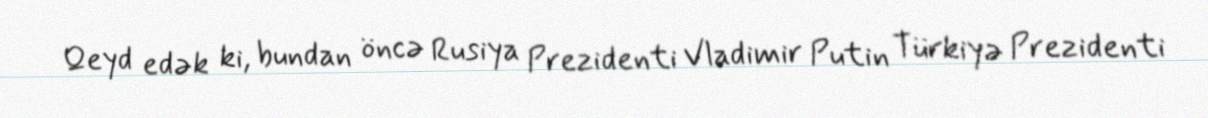
Qeyd edək ki, bundan öncə Rusiya Prezidenti Vladimir Putin Türkiyə Prezidenti